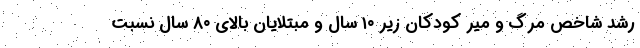
رشد شاخص مرگ و میر کودکان زیر ۱۰ سال و مبتلایان بالای ۸۰ سال نسبت